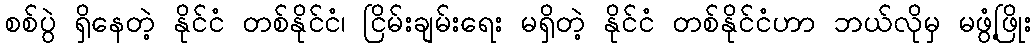
စစ်ပွဲ ရှိနေတဲ့ နိုင်ငံ တစ်နိုင်ငံ၊ ငြိမ်းချမ်းရေး မရှိတဲ့ နိုင်ငံ တစ်နိုင်ငံဟာ ဘယ်လိုမှ မဖွံ့ဖြိုး